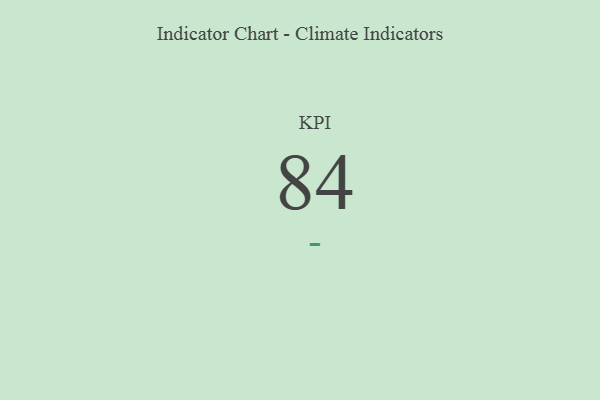
{"axis": {"x": "KPI", "y": "Value"}, "legend": [""], "data": [{"x": "KPI", "y": 84, "type": ""}]}